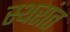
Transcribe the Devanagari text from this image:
स्थरांत